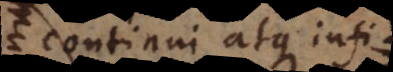
continui atque infinito,